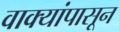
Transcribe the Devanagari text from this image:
वाक्यांपासून